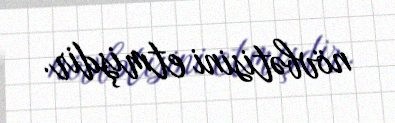
növbətisini etmişdir.